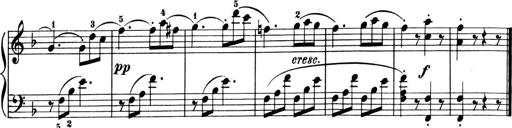
Title: 6 Piano Sonatinas
Composer: Cornelius Gurlitt